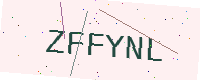
Text: ZFFYNL